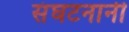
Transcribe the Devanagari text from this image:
संघटनानी